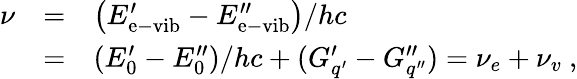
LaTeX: \begin{array}{rcl}{{\nu}}&{{=}}&{{\left(E_{\mathrm{e-vib}}^{\prime}-E_{\mathrm{e-vib}}^{\prime\prime}\right)/hc}}\\ {{}}&{{=}}&{{(E_{0}^{\prime}-E_{0}^{\prime\prime})/hc+(G_{q^{\prime}}^{\prime}-G_{q^{\prime\prime}}^{\prime\prime})=\nu_{e}+\nu_{v}~,}}\end{array}